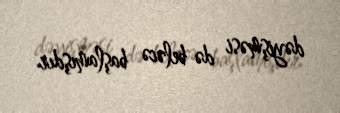
dəyişməsi də beləcə başlamışdır.